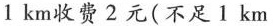
1km收费2元(不足1km按1km